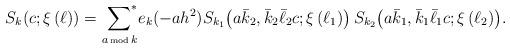
LaTeX: \begin{align*}S_k(c;\xi\,(\ell))={\sum_{a\,\hbox{\tiny mod}\, k}}^{\!\!\!*} e_{k}(-a h^2)S_{k_1}\big(a\bar k_2, \bar k_2\bar \ell_2 c;\xi\,(\ell_1)\big)\,S_{k_2}\big(a\bar k_1, \bar k_1\bar \ell_1 c;\xi\,(\ell_2)\big).\end{align*}